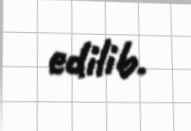
edilib.